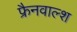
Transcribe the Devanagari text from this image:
फ्रैनवाल्श